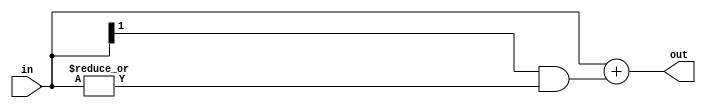
// -*- verilog -*-
//
//  USRP - Universal Software Radio Peripheral
//
//  Copyright (C) 2007 Matt Ettus
//
//  This program is free software; you can redistribute it and/or modify
//  it under the terms of the GNU General Public License as published by
//  the Free Software Foundation; either version 2 of the License, or
//  (at your option) any later version.
//
//  This program is distributed in the hope that it will be useful,
//  but WITHOUT ANY WARRANTY; without even the implied warranty of
//  MERCHANTABILITY or FITNESS FOR A PARTICULAR PURPOSE.  See the
//  GNU General Public License for more details.
//
//  You should have received a copy of the GNU General Public License
//  along with this program; if not, write to the Free Software
//  Foundation, Inc., 51 Franklin Street, Boston, MA  02110-1301  USA
//

// Rounding "macro"
// Keeps the topmost bits, does proper 2s comp round to zero (unbiased truncation)

module round
  #(parameter bits_in=0,
    parameter bits_out=0)
    (input [bits_in-1:0] in,
     output [bits_out-1:0] out);

   assign out = in[bits_in-1:bits_in-bits_out] + (in[bits_in-1] & |in[bits_in-bits_out-1:0]);
   
endmodule // round